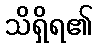
သိရှိရ၏